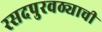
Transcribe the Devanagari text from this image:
रसदपुरवठ्याची